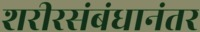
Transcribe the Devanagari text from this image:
शरीरसंबंधानंतर